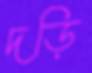
দড়ি